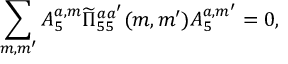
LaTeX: \sum _ { m , m ^ { \prime } } A _ { 5 } ^ { a , m } \widetilde \Pi _ { 5 5 } ^ { a a ^ { \prime } } ( m , m ^ { \prime } ) A _ { 5 } ^ { a , m ^ { \prime } } = 0 ,